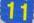
11